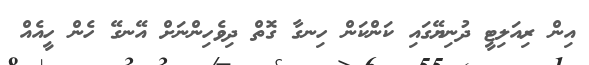
އިން ރިއަލިޓީ ދުނިޔޭގައި ކަންކަން ހިނގާ ގޮތް ދިވެހިންނަށް އޭނގޭ ހެން ހީއެއް